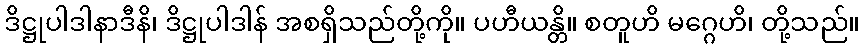
ဒိဋ္ဌုပါဒါနာဒီနိ၊ ဒိဋ္ဌုပါဒါန် အစရှိသည်တို့ကို။ ပဟီယန္တိ။ စတူဟိ မဂ္ဂေဟိ၊ တို့သည်။